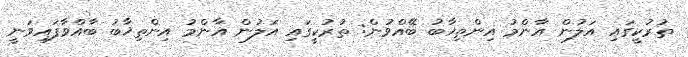
ތުރުކީގައި އަލުން އާންމު އިންތިޚާބު ބޭއްވުން: ތުރުކީގައި އަލުން އާންމު އިންތިޚާބު ބާއްވާފައިވަނީ